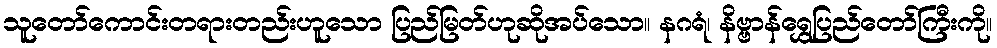
သူတော်ကောင်းတရားတည်းဟူသော ပြည်မြတ်ဟုဆိုအပ်သော။ နဂရံ၊ နိဗ္ဗာန်ရွှေပြည်တော်ကြီးကို။